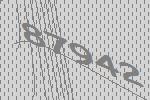
87942